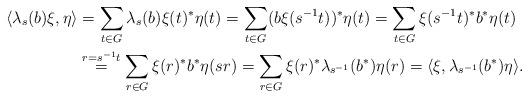
LaTeX: \begin{align*}\langle\lambda_s(b)\xi,\eta\rangle&=\sum_{t\in G}\lambda_s(b)\xi(t)^*\eta(t)=\sum_{t\in G}(b\xi(s^{-1}t))^*\eta(t)=\sum_{t\in G}\xi(s^{-1}t)^*b^*\eta(t)\\&\stackrel{r=s^{-1}t}{=}\sum_{r\in G}\xi(r)^*b^*\eta(sr)=\sum_{r\in G}\xi(r)^*\lambda_{s^{-1}}(b^*)\eta(r)=\langle\xi, \lambda_{s^{-1}}(b^*)\eta\rangle.\end{align*}